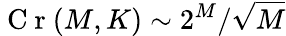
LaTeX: \mathrm{~C~r~}(M,K)\sim 2^{M}/\sqrt{M}